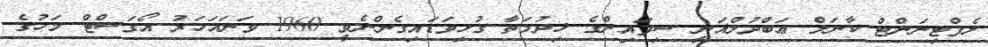
ލެފްޓިނަންޓް ކާނަލް ޢަބްދުލްޣަނީ ސިފައިންގެ ޚިދުމަތާ ގުޅިވަޑައިގެންނެވީ 1960 ވަނައަހަރު އޯގަސްޓް މަހުގެ